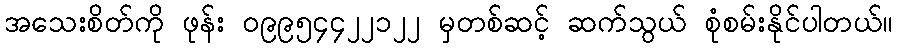
အသေးစိတ်ကို ဖုန်း ၀၉၉၅၄၄၂၂၁၂၂ မှတစ်ဆင့် ဆက်သွယ် စုံစမ်းနိုင်ပါတယ်။